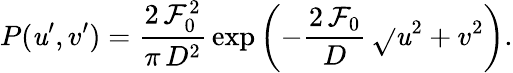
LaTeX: P(\mathit{u}^{\prime},v^{\prime})=\frac{{2\, \mathcal{{F}}_{0}^{2}}}{{\pi\, D^{2}}}\, \exp{\left(-\frac{{2\, \mathcal{{F}}_{0}}}{{D}}\, \sqrt{}{{\mathit{u}^{2}+v^{2}}}\right)}.